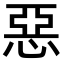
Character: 惡